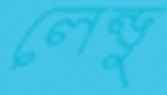
লেন্ডু